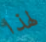
لهذا